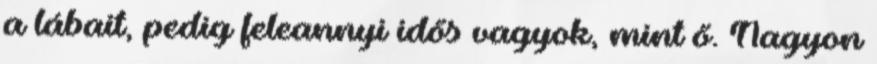
a lábait, pedig feleannyi idős vagyok, mint ő. Nagyon